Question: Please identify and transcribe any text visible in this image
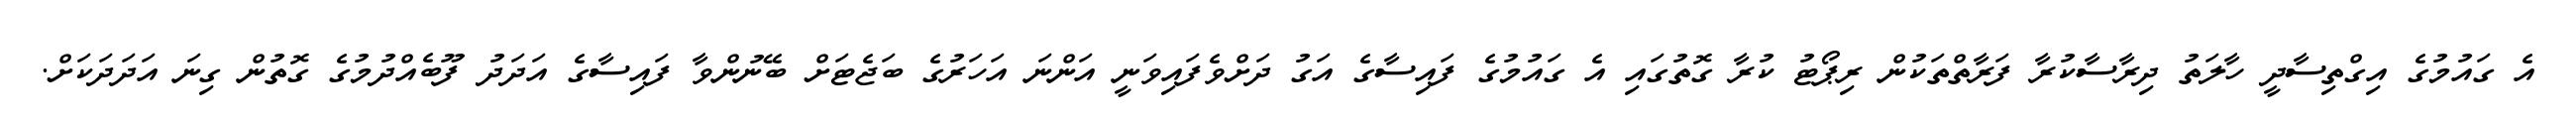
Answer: އެ ގައުމުގެ އިގްތިސާދީ ހާލަތު ދިރާސާކުރާ ފަރާތްތަކުން ރިޕޯޓު ކުރާ ގޮތުގައި އެ ގައުމުގެ ފައިސާގެ އަގު ދަށްވެފައިވަނީ އަންނަ އަހަރުގެ ބަޖެޓަށް ބޭނުންވާ ފައިސާގެ އަދަދު ފޫބެއްދުމުގެ ގޮތުން ގިނަ އަދަދަކަށް.